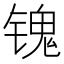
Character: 𲈔